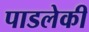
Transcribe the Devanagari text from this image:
पाडलेकी